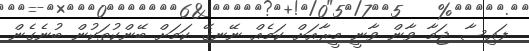
ފައިސާ ޖަމާ ވާން ވާނީ މީރާއަށް ކަމެއް ނޭނގޭ ކަމަށް ބޭންކުތަކުން ބުނެގެން